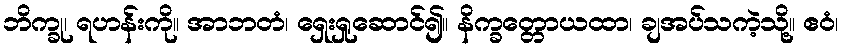
ဘိက္ခု၊ ရဟန်းကို။ အာဘတံ၊ ရှေးရှုဆောင်၍။ နိက္ခတ္တောယထာ၊ ချအပ်သကဲ့သို့။ ဧဝံ၊